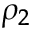
\rho _ { 2 }